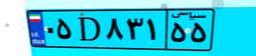
۹۰D۱۶۳۲۸